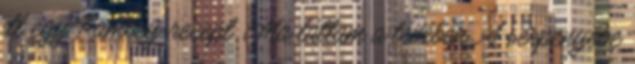
itt egy Ramsey-recept. Ma láttam a tévében. A serpenyőbe